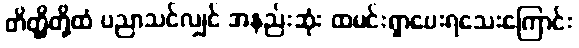
တိတ္ထိတို့ထံ ပညာသင်လျှင် အနည်းဆုံး ထမင်းရှာပေးရသေးကြောင်း